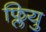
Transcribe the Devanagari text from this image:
फ्लियु